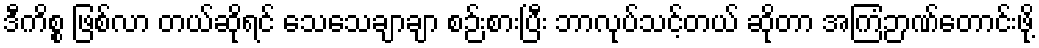
ဒီကိစ္စ ဖြစ်လာ တယ်ဆိုရင် သေသေချာချာ စဉ်းစားပြီး ဘာလုပ်သင့်တယ် ဆိုတာ အကြံဉာဏ်တောင်းဖို့